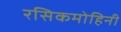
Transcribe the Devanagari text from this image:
रसिकमोहिनी